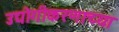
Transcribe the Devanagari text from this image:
उद्योगीकरणाच्या